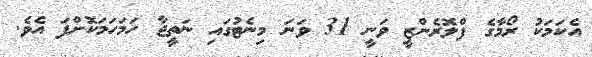
އެކަމަކު ރޯމާގެ ފްލޮރެންޒީ ވަނީ 31 ވަނަ މިނެޓުގައި ނަތީޖާ ހަމަހަމަކޮށްފަ އެވެ.